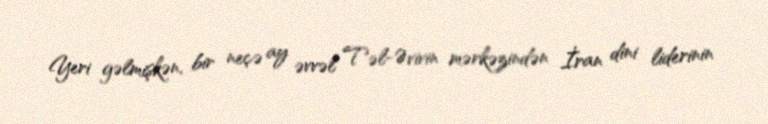
Yeri gəlmişkən, bir neçə ay əvvəl Təl-Əvivin mərkəzindən İran dini liderinin